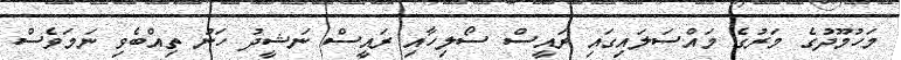
މަހުމޫދުގެ މަރުގެ މައްސަލައިގައި ރައީސް ސޯލިހާއި ރައީސް ނަޝީދު ހަނު ތިއްބެވި ނަމަވެސް